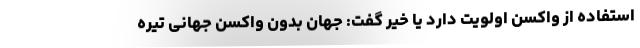
استفاده از واکسن اولویت دارد یا خیر گفت: جهان بدون واکسن جهانی تیره